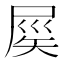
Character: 𡲑